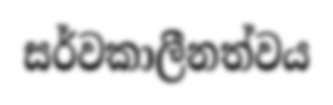
සර්වකාලීනත්වය